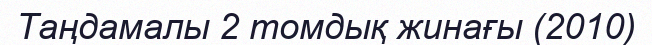
Таңдамалы 2 томдық жинағы (2010)